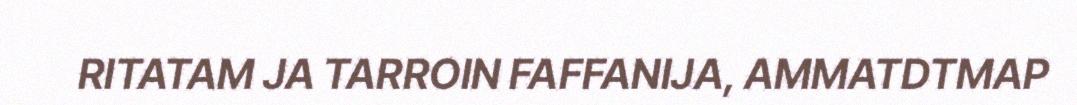
RITATAM JA TARROIN FAFFANIJA, AMMATDTMAP